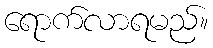
ရောက်လာရမည်။